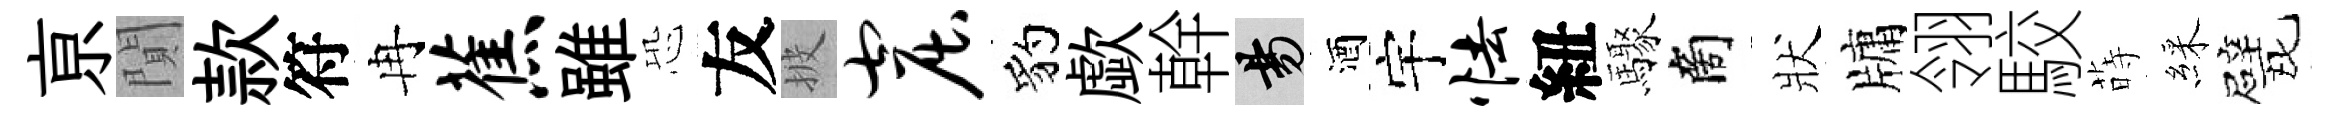
亰閴款符冉蕉雖恐友披窟豹歔幹昜酒宇怯紐驟商狀牗翎駮蒔綵戏